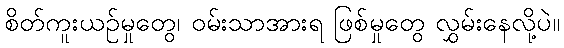
စိတ်ကူးယဉ်မှုတွေ၊ ဝမ်းသာအားရ ဖြစ်မှုတွေ လွှမ်းနေလို့ပဲ။